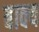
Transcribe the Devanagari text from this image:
बाक्य